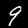
Digit: 9